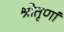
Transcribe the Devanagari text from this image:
श्रोतृणां